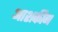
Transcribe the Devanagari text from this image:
आशकीन